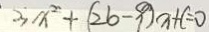
3 x ^ { 2 } + ( 2 b - 9 ) x + c = 0